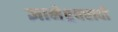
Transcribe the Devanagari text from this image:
ज्ञानेश्र्वरादी